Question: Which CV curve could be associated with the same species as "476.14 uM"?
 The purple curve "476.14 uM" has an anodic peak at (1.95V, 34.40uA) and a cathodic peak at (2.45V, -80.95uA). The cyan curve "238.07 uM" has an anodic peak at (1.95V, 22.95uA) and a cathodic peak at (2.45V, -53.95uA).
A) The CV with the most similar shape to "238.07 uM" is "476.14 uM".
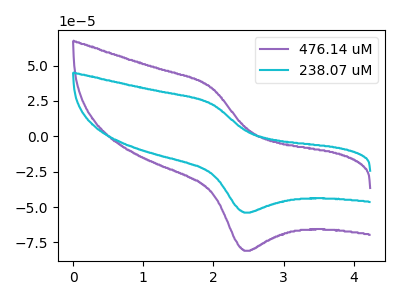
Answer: <think>All the peaks in "476.14 uM" have a peak in "238.07 uM" at the same potential. Every peak in "476.14 uM" is higher than every peak in "238.07 uM".
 </think>
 <answer>A) The CV with the most similar shape to "238.07 uM" is "476.14 uM".</answer>
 <eval>A</eval>